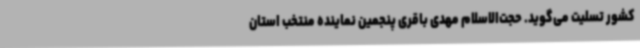
کشور تسلیت می‌گوید. حجت‌الاسلام مهدی باقری پنجمین نماینده منتخب استان